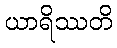
ယာရိဿတိ